Scottish Certificate of Education, 1962
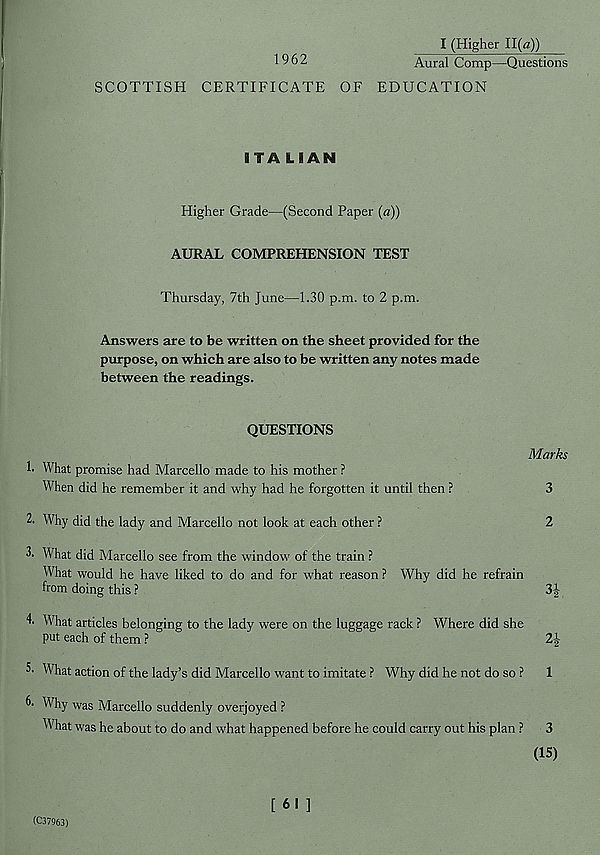
I (Higher 11(a))
1962
Aural Comp—Questions
SCOTTISH CERTIFICATE OF EDUCATION
ITALIAN
Higher Grade—(Second Paper (a))
AURAL COMPREHENSION TEST
Thursday, 7th June—1.30 p.m. to 2 p.m.
Answers are to be written on the sheet provided for the
purpose, on which are also to be written any notes made
between the readings.
QUESTIONS
Marks
h What promise had Marcello made to his mother ?
When did he remember it and why had he forgotten it until then ?
3
2. Why did the lady and Marcello not look at each other ?
2
2. What did Marcello see from the window of the train ?
What would he have liked to do and for what reason ? Why did he refrain
from doing this ?
What articles belonging to the lady were on the luggage rack ? Where did she
5- What action of the lady’s did Marcello want to imitate ? Why did he not do so ? 1
Why was Marcello suddenly overjoyed ?
What was he about to do and what happened before he could carry out his plan ? 3
(15)
[ 61 ]
(C37963)